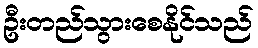
ဦးတည်သွားစေနိုင်သည်